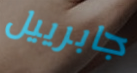
جابرييل